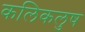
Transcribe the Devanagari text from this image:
कलिकलुष